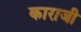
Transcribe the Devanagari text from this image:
काराजी